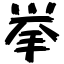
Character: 挙